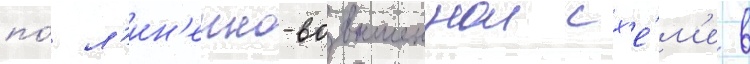
по́ л'ин'еино-возвышеннои сх'е́м'е в